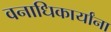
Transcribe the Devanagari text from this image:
वनाधिकार्यांना